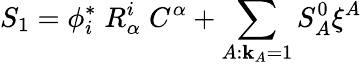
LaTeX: S_{1}=\phi_{i}^{*}\; R_{\alpha}^{i}\; C^{\alpha}+\sum_{A:\mathbf{k}_{A}=1}S_{A}^{0}\xi^{A}